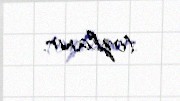
tozlanır.